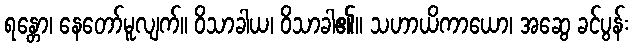
ရန္တော၊ နေတော်မူလျက်။ ဝိသာခါယ၊ ဝိသာခါ၏။ သဟာယိကာယော၊ အဆွေ ခင်ပွန်း